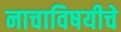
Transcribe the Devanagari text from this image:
नाचाविषयीचे